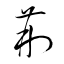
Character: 荊